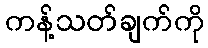
ကန့်သတ်ချက်ကို